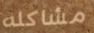
مشاكله